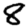
Digit: 8